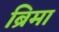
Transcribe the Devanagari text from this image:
ब्रिमा